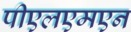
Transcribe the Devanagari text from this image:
पीएलएमएन